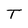
Character: T